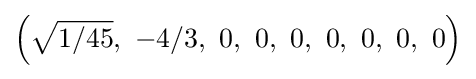
\left({\sqrt {1/45}},\ -4/3,\ 0,\ 0,\ 0,\ 0,\ 0,\ 0,\ 0\right)